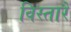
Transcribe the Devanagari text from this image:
विस्तारै